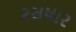
રસધાર